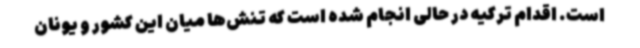
است. اقدام ترکیه در حالی انجام شده است که تنش‌ها میان این کشور و یونان